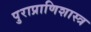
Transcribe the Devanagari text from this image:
पुराप्राणिशास्त्र